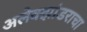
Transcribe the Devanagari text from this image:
अलेक्झांडराचा